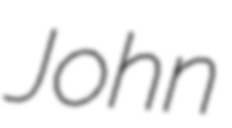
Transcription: John